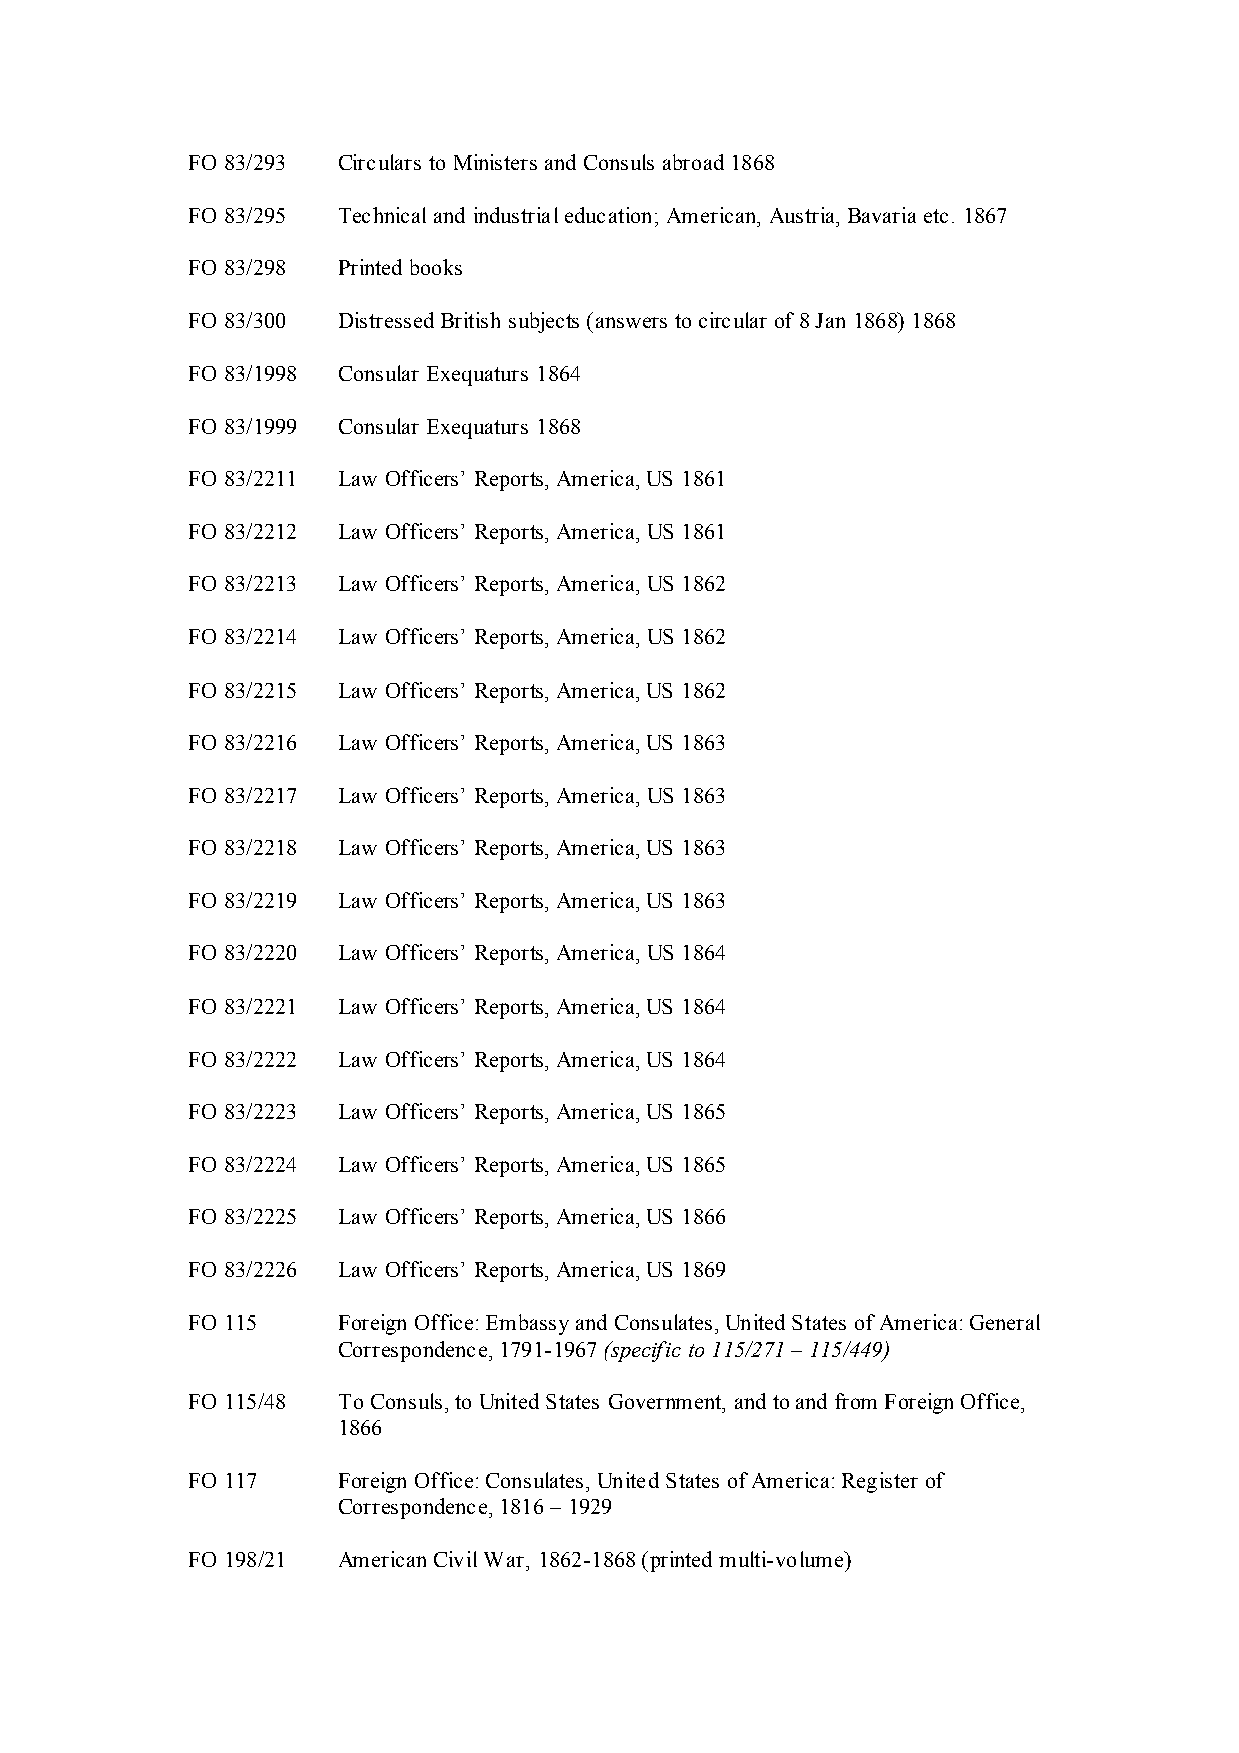
FO 83/293 Circulars to Ministers and Consuls abroad 1868
 FO 83/295 Technical and industrial education; American, Austria, Bavaria etc. 1867
 FO 83/298 Printed books
 FO 83/300 Distressed British subjects (answers to circular of 8 Jan 1868) 1868
 FO 83/1998 Consular Exequaturs 1864
 FO 83/1999 Consular Exequaturs 1868
 FO 83/2211 Law Officers’ Reports, America, US 1861
 FO 83/2212 Law Officers’ Reports, America, US 1861
 FO 83/2213 Law Officers’ Reports, America, US 1862
 FO 83/2214 Law Officers’ Reports, America, US 1862
 FO 83/2215 Law Officers’ Reports, America, US 1862
 FO 83/2216 Law Officers’ Reports, America, US 1863
 FO 83/2217 Law Officers’ Reports, America, US 1863
 FO 83/2218 Law Officers’ Reports, America, US 1863
 FO 83/2219 Law Officers’ Reports, America, US 1863
 FO 83/2220 Law Officers’ Reports, America, US 1864
 FO 83/2221 Law Officers’ Reports, America, US 1864
 FO 83/2222 Law Officers’ Reports, America, US 1864
 FO 83/2223 Law Officers’ Reports, America, US 1865
 FO 83/2224 Law Officers’ Reports, America, US 1865
 FO 83/2225 Law Officers’ Reports, America, US 1866
 FO 83/2226 Law Officers’ Reports, America, US 1869
 FO 115    Foreign Office: Embassy and Consulates, United States of America: General
 Correspondence, 1791-1967 (specific to 115/271 – 115/449)
 FO 115/48 To Consuls, to United States Government, and to and from Foreign Office,
 1866
 FO 117    Foreign Office: Consulates, United States of America: Register of
 Correspondence, 1816 – 1929
 FO 198/21 American Civil War, 1862-1868 (printed multi-volume)